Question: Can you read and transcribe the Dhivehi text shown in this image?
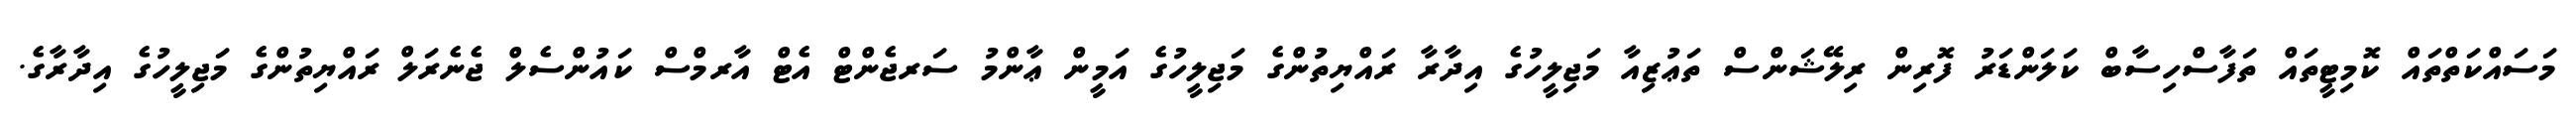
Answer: މަސައްކަތްތައް ކޮމިޓީތައް ތަފާސްހިސާބް ކަލަންޑަރު ފޮރިން ރިލޭޝަންސް ތަޢުޒިއާ މަޖިލީހުގެ އިދާރާ ރައްޔިތުންގެ މަޖިލީހުގެ އަމީން ޢާންމު ސަރޖެންޓް އެޓް އާރމްސް ކައުންސެލް ޖެނެރަލް ރައްޔިތުންގެ މަޖިލީހުގެ އިދާރާގެ.